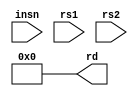
module SCIEUnpipelined #(parameter XLEN = 32)(
  input  [31:0] insn,
  input  [31:0] rs1,
  input  [31:0] rs2,
  output [31:0] rd
);
  assign rd = 32'h0;
endmodule